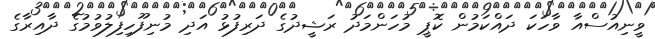
ވީނިއުސްއާ ވާހަކަ ދައްކަމުން ކޮޕީ މުހަންމަދު ރަޝީދުގެ ދަރިފުޅު އަދި މުނިފޫހިފިލުވުމުގެ ދާއިރާގެ